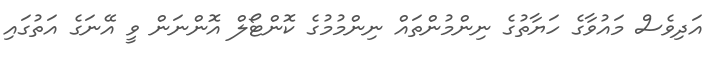
އަދިވެސް މައުވާގެ ހަޔާތުގެ ނިންމުންތައް ނިންމުމުގެ ކޮންޓޯލް އޮންނަން ވީ އޭނަގެ އަތުގައި